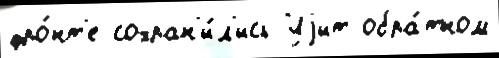
фро́нт'е сохран'и́л'ись Уjит обра́тном